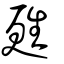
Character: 甦